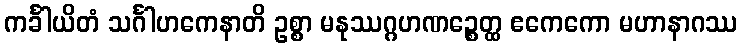
ကင်္ခါယိတံ သင်္ဂါဟကေနာတိ ဥစ္စာ မနုဿဂ္ဂဟဏဉ္စေတ္ထ ဧကေကော မဟာနာဂဿ